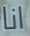
انا